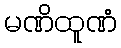
မဏိထူဏံ